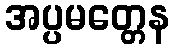
အပ္ပမတ္တေန